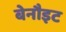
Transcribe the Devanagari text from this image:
बेनौइट